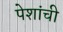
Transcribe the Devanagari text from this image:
पेशांची